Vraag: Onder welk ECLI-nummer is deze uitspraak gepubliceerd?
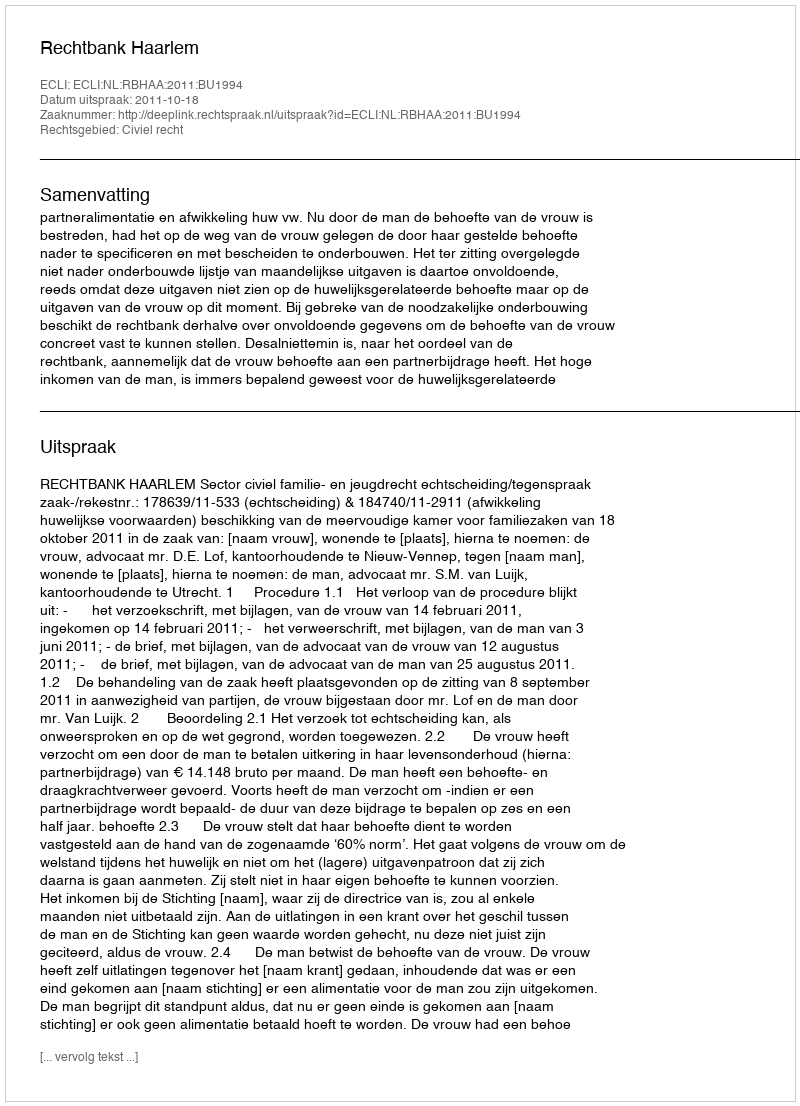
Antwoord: ECLI:NL:RBHAA:2011:BU1994